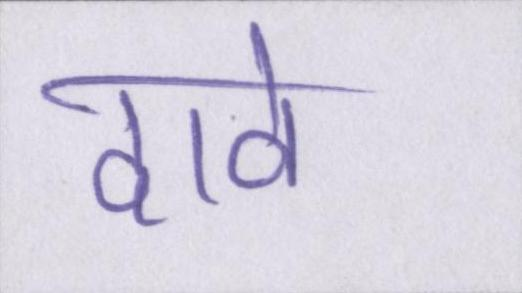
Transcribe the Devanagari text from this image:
दावे